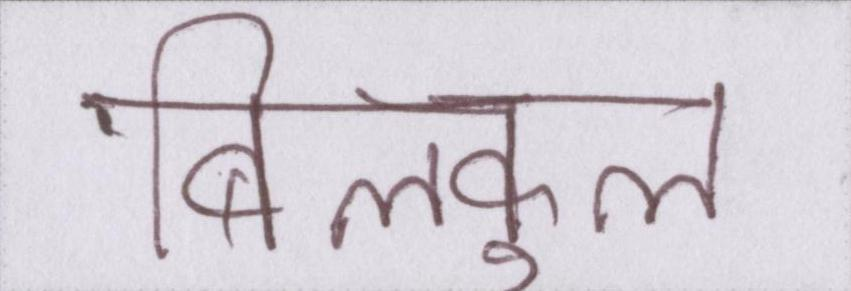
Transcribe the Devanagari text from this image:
बिल्कुल